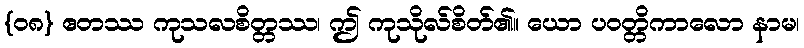
{၀၈} ဧတဿ ကုသလစိတ္တဿ၊ ဤ ကုသိုလ်စိတ်၏။ ယော ပဝတ္တိကာလော နာမ၊